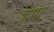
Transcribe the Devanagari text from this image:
ऋपए